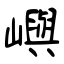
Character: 嶼